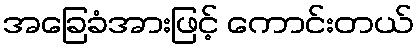
အခြေခံအားဖြင့် ကောင်းတယ်